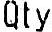
QTY